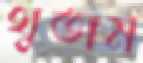
থুতাম